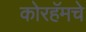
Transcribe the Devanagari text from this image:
कोरहॅमचे